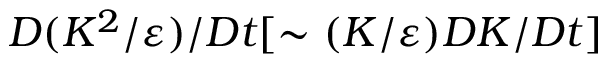
D ( K ^ { 2 } / \varepsilon ) / D t [ \sim ( K / \varepsilon ) D K / D t ]